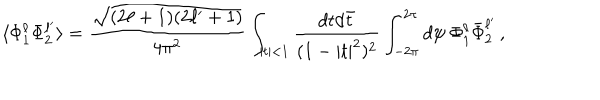
\langle \Phi _ { 1 } ^ { \ell } \Phi _ { 2 } ^ { \ell ^ { \prime } } \rangle = \frac { \sqrt { ( 2 \ell + 1 ) ( 2 \ell ^ { \prime } + 1 ) } } { 4 \pi ^ { 2 } } \int _ { | t | < 1 } \frac { d t d \bar { t } } { ( 1 - | t | ^ { 2 } ) ^ { 2 } } \int _ { - 2 \pi } ^ { 2 \pi } d \psi \ \Phi _ { 1 } ^ { \ell } \bar { \Phi } _ { 2 } ^ { \ell ^ { \prime } } \, ,